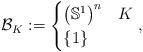
LaTeX: \begin{align*}\mathcal{B}_K:=\begin{cases}\big(\mathbb{S}^1\big)^n & K\\\{1\} & \end{cases},\end{align*}